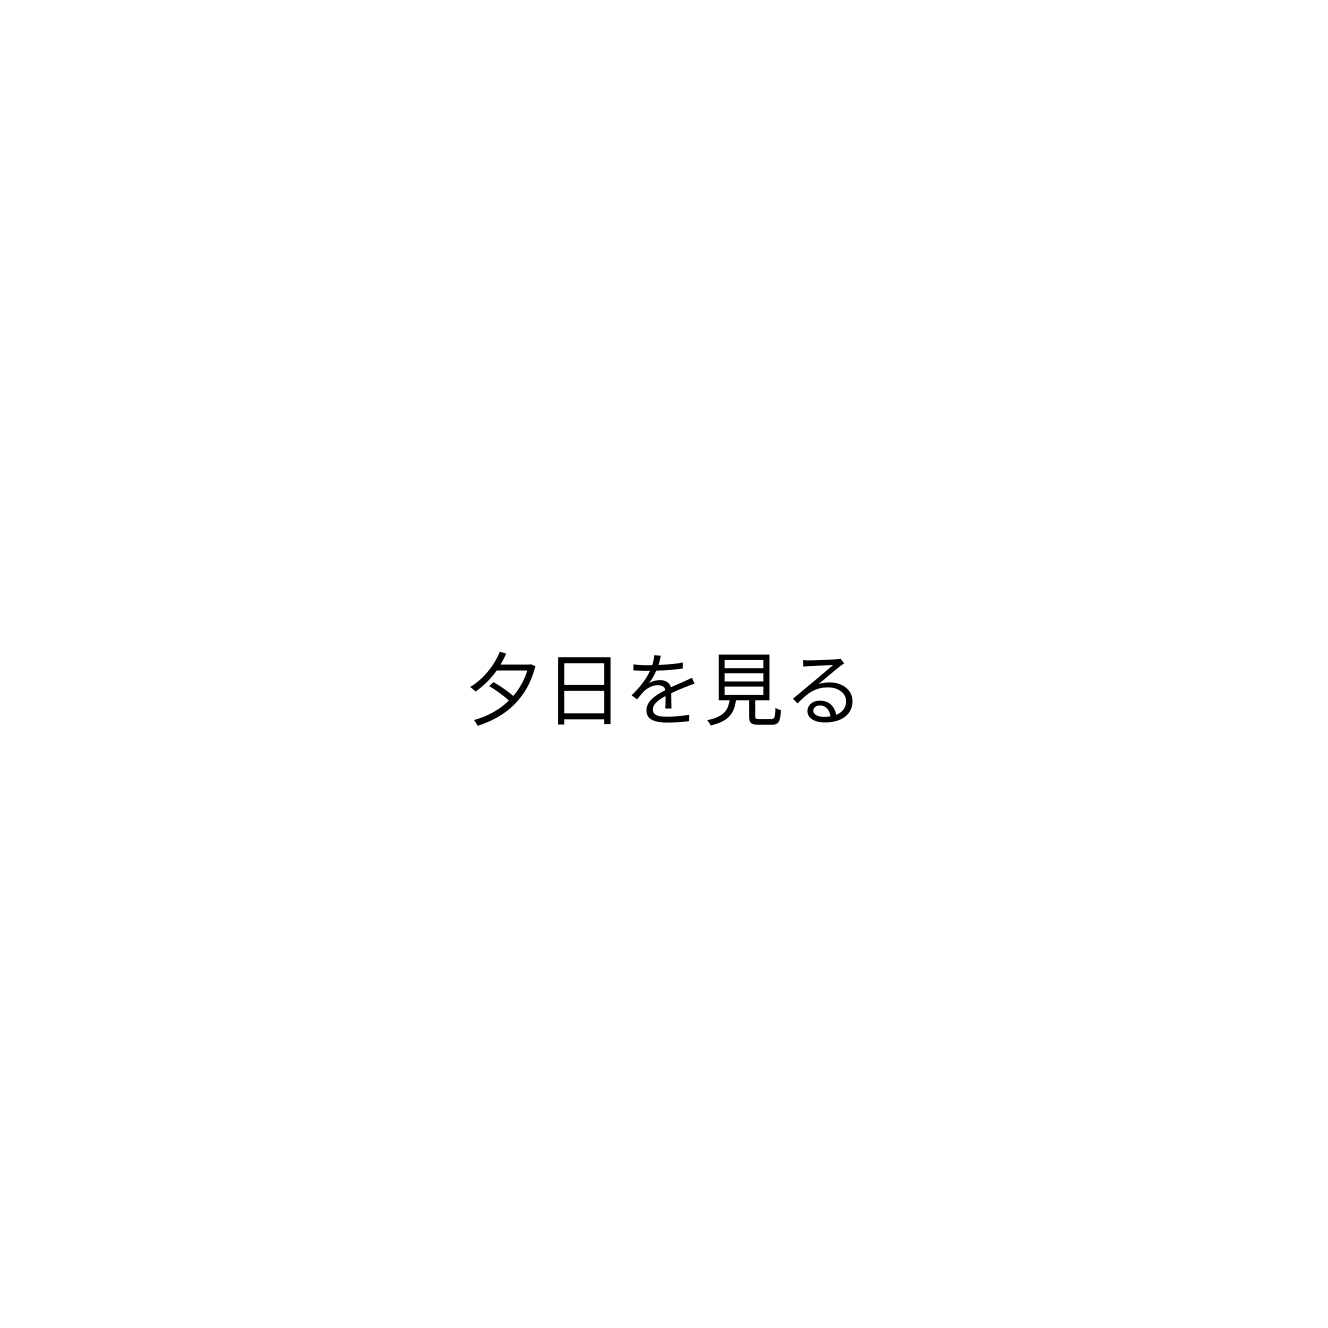
夕日を見る